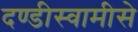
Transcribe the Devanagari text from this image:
दण्डीस्वामीसे